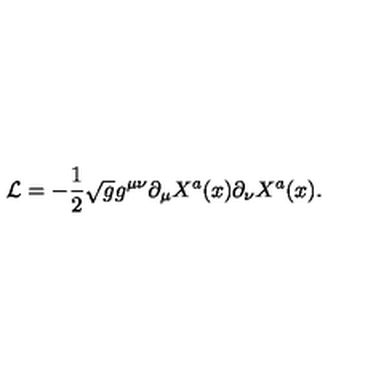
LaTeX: { \cal L } = - \frac { 1 } { 2 } \sqrt { g } g ^ { \mu \nu } \partial _ { \mu } X ^ { a } ( x ) \partial _ { \nu } X ^ { a } ( x ) .